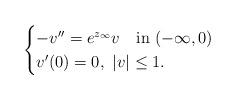
LaTeX: \begin{align*}\begin{cases}-v''=e^{z_\infty} v \quad\hbox{in }(-\infty,0)\\v'(0)=0,\ |v|\le1.\end{cases}\end{align*}